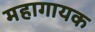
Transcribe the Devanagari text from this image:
महागायक